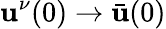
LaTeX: \mathbf{u}^{\nu}(0)\to\bar{{\mathbf{u}}}(0)